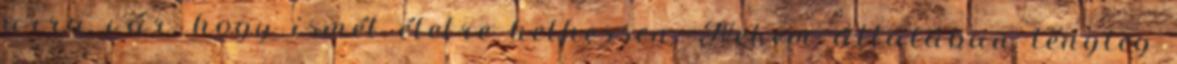
arra vár, hogy ismét életre kelhessen. Nekem általában tényleg